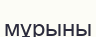
мұрыны